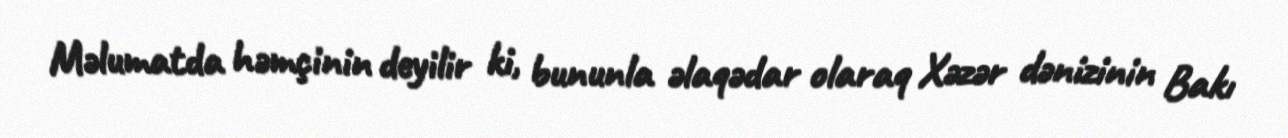
Məlumatda həmçinin deyilir ki, bununla əlaqədar olaraq Xəzər dənizinin Bakı